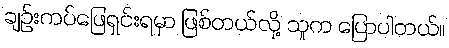
ချဉ်းကပ်ဖြေရှင်းရမှာ ဖြစ်တယ်လို့ သူက ပြောပါတယ်။